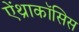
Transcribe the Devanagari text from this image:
ऐंथ्राकॉसिस